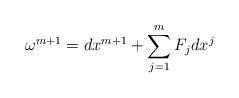
LaTeX: \begin{align*}\omega ^{m+1}=dx^{m+1}+\sum_{j=1}^{m}F_{j}dx^{j} \end{align*}